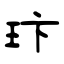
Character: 玣